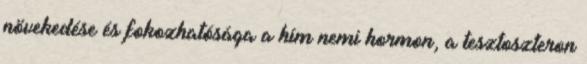
növekedése és fokozhatósága a hím nemi hormon, a tesztoszteron